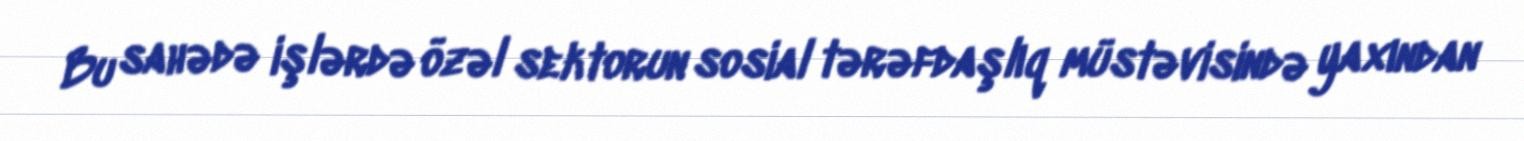
Bu sahədə işlərdə özəl sektorun sosial tərəfdaşlıq müstəvisində yaxından